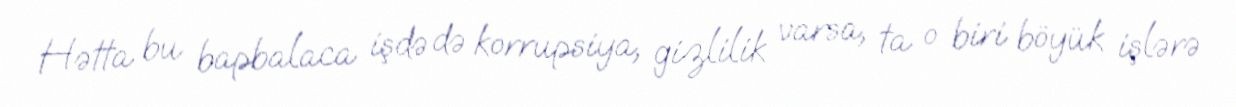
Hətta bu bapbalaca işdə də korrupsiya, gizlilik varsa, ta o biri böyük işlərə